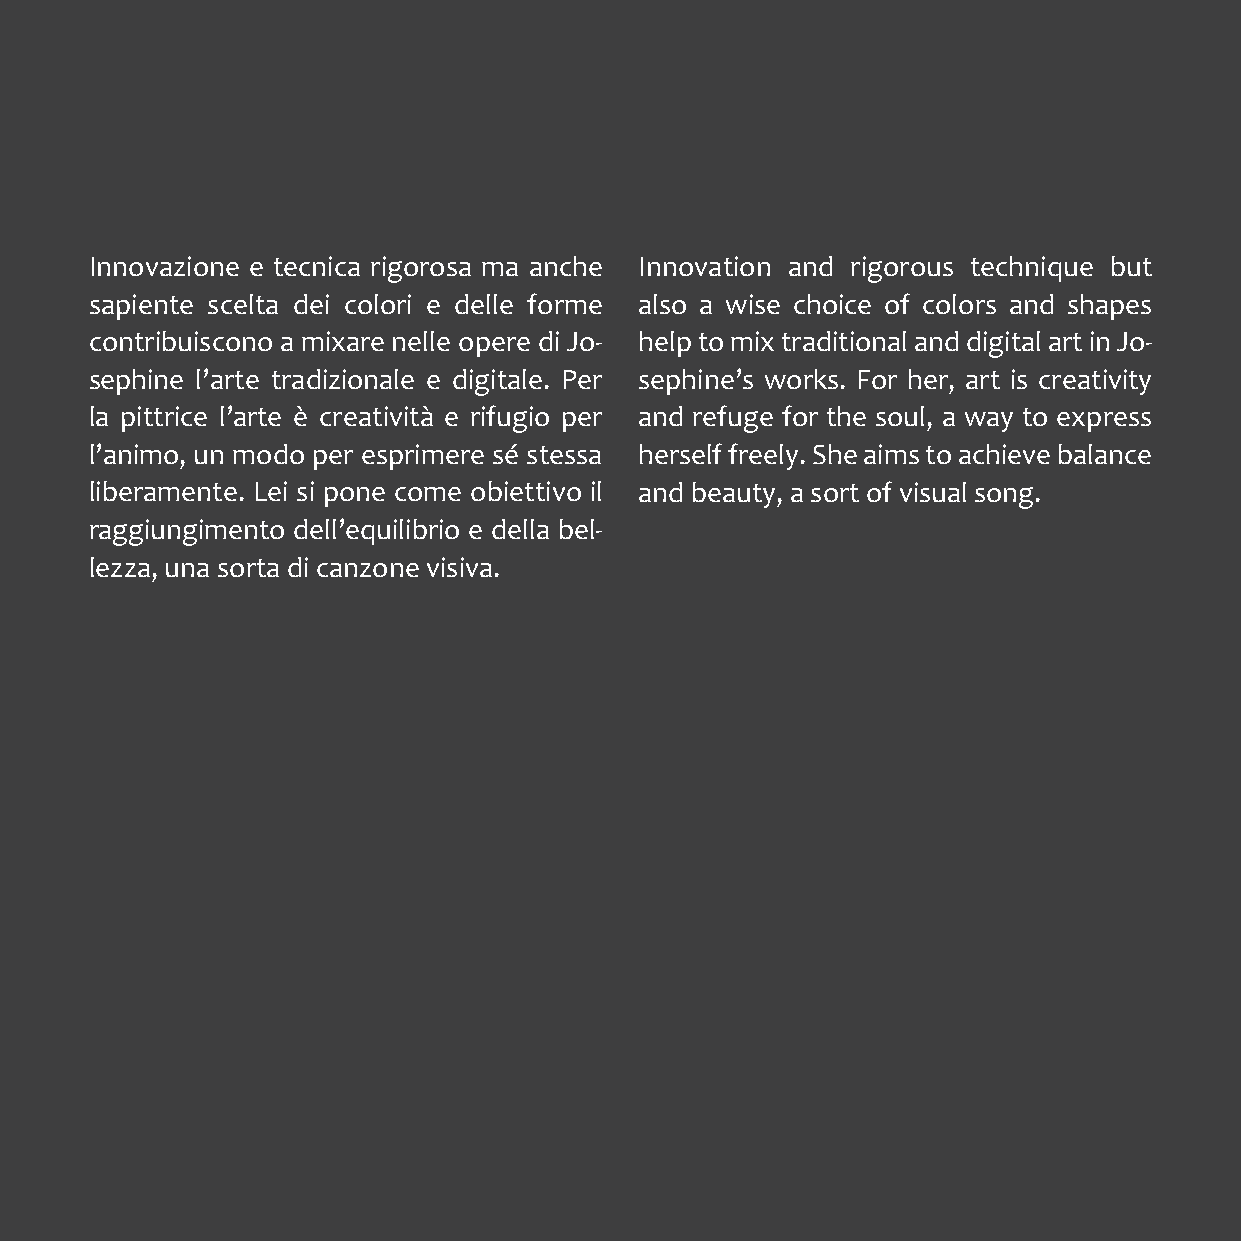
Innovazione e tecnica rigorosa ma anche Innovation and rigorous technique but
 sapiente scelta dei colori e delle forme also a wise choice of colors and shapes
 contribuiscono a mixare nelle opere di Jo- help to mix traditional and digital art in Jo-
 sephine l’arte tradizionale e digitale. Per sephine’s works. For her, art is creativity
 la pittrice l’arte è creatività e rifugio per and refuge for the soul, a way to express
 l’animo, un modo per esprimere sé stessa herself freely. She aims to achieve balance
 liberamente. Lei si pone come obiettivo il and beauty, a sort of visual song.
 raggiungimento dell’equilibrio e della bel-
 lezza, una sorta di canzone visiva.